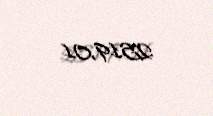
2519,01